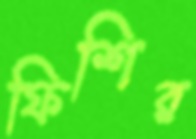
ফিশির